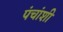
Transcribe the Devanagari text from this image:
पंचांशी